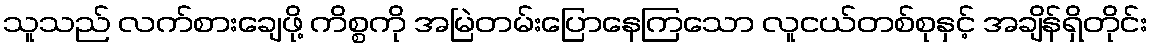
သူသည် လက်စားချေဖို့ ကိစ္စကို အမြဲတမ်းပြောနေကြသော လူငယ်တစ်စုနှင့် အချိန်ရှိတိုင်း